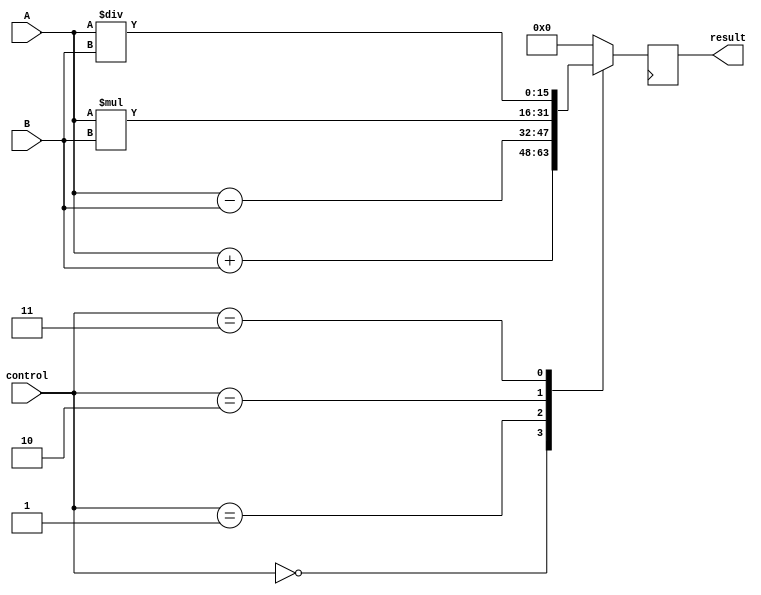
module ALU (
    input [15:0] A,
    input [15:0] B,
    input [3:0] control,
    output reg [15:0] result
);

reg [15:0] temp_result;
reg [15:0] temp_A;
reg [15:0] temp_B;

always @ (A or B or control) begin
    case (control)
        4'b0000: temp_result = A + B; // Addition
        4'b0001: temp_result = A - B; // Subtraction
        4'b0010: temp_result = A * B; // Multiplication
        4'b0011: temp_result = A / B; // Division
        default: temp_result = 16'h0000; // Default to 0
    endcase
end

always @ (posedge clk) begin
    temp_A <= A;
    temp_B <= B;
    result <= temp_result;
end

endmodule